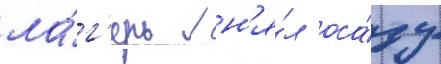
ла́г'ерь / сн'я́л оса́ду